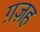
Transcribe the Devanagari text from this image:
ग़ज़ह